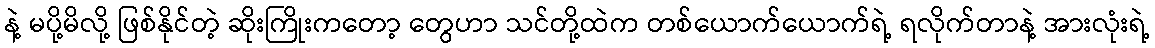
နဲ့ မပို့မိလို့ ဖြစ်နိုင်တဲ့ ဆိုးကြိုးကတော့ တွေဟာ သင်တို့ထဲက တစ်ယောက်ယောက်ရဲ့ ရလိုက်တာနဲ့ အားလုံးရဲ့